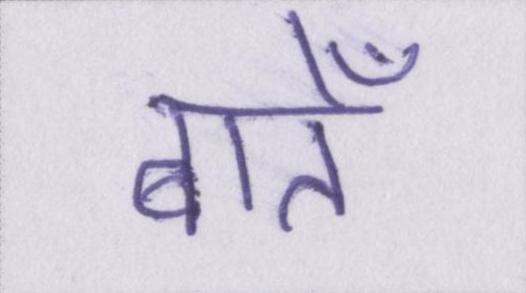
बातेँ